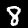
Label: 8